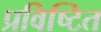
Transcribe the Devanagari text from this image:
प्रविष्टित